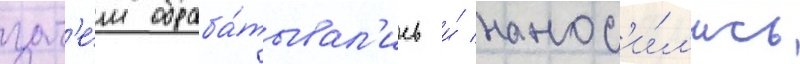
зат'е́м обраба́тывал'ись и́ нанос'и́л'ись